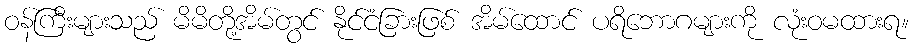
ဝန်ကြီးများသည် မိမိတို့အိမ်တွင် နိုင်ငံခြားဖြစ် အိမ်ထောင် ပရိဘောဂများကို လုံးဝမထားရ။